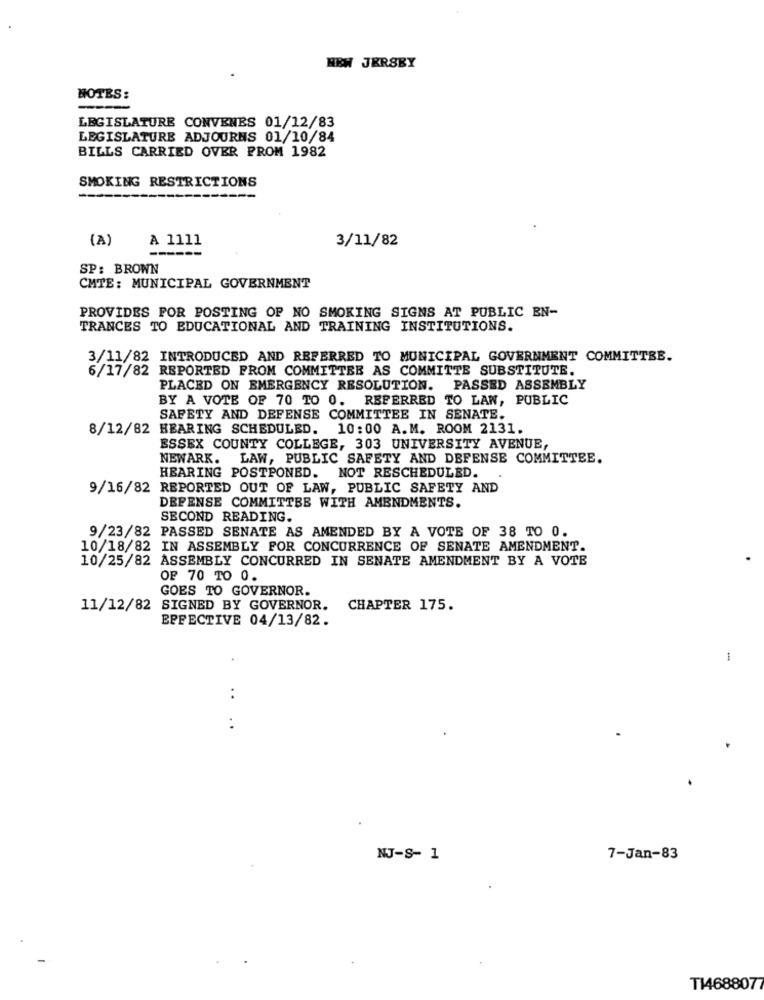
NEW JERSEY
NOTES:
LEGISLATURE CONVENES 01/12/83
LEGISLATURE ADJOURNS 01/10/84
BILLS CARRIED OVER FROM 1982
SMOKING RESTRICTIONS
(A)
A 1111
3/11/82
------
SP: BROWN
CMTE: MUNICIPAL GOVERNMENT
PROVIDES POR POSTING OF NO SMOKING SIGNS AT PUBLIC EN-
TRANCES TO EDUCATIONAL AND TRAINING INSTITUTIONS.
3/11/82 INTRODUCED AND REFERRED TO MUNICIPAL GOVERNMENT COMMITTEE.
6/17/82 REPORTED FROM COMMITTEE AS COMMITTE SUBSTITUTE.
PLACED ON EMERGENCY RESOLUTION. PASSED ASSEMBLY
BY A VOTE OF 70 TO 0. REFERRED TO LAN, PUBLIC
SAFETY AND DEFENSE COMMITTEE IN SENATE.
8/12/82 HEARING SCHEDULED.
10:00 A.M. ROOM 2131.
ESSEX COUNTY COLLEGE, 303 UNIVERSITY AVENUE,
NEWARK.
LAW, PUBLIC SAFETY AND DEFENSE COMMITTEE.
HEARING POSTPONED. NOT RESCHEDULED.
9/16/82 REPORTED OUT OF LAW, PUBLIC SAFETY AND
DEPENSE COMMITTEE WITH AMENDMENTS.
SECOND READING.
9/23/82 PASSED SENATE AS AMENDED BY A VOTE OF 38 TO 0.
10/18/82 IN ASSEMBLY POR CONCURRENCE OF SENATE AMENDMENT.
10/25/82 ASSEMBLY CONCURRED IN SENATE AMENDMENT BY A VOTE
OF 70 TO 0.
GOES TO GOVERNOR.
11/12/82 SIGNED BY GOVERNOR. CHAPTER 175.
EFFECTIVE 04/13/82.
1
..
..
NJ-S- 1
7-Jan-83
T1468807